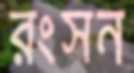
রংসন